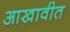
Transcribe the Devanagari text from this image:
आखावीत